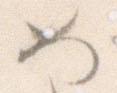
め